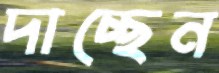
দাচ্ছেন